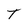
Character: T